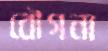
বৌগনা